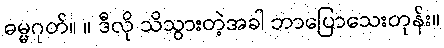
ဓမ္မဂုတ်။ ။ ဒီလို သိသွားတဲ့အခါ ဘာပြောသေးတုန်း။